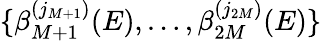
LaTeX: \{ \beta_{M+1}^{(j_{M+1})}(E),\dots,\beta_{2M}^{(j_{2M})}(E)\}